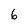
Character: 6